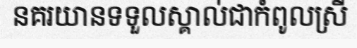
នគរយានទទួលស្គាល់ជាកំពូលស្រី